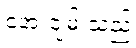
အေးချမ်းသည့်